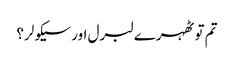
تم تو ٹھہرے لبرل اور سیکولر؟